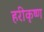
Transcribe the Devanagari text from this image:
हरीकृष्ण